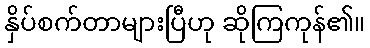
နှိပ်စက်တာများပြီဟု ဆိုကြကုန်၏။